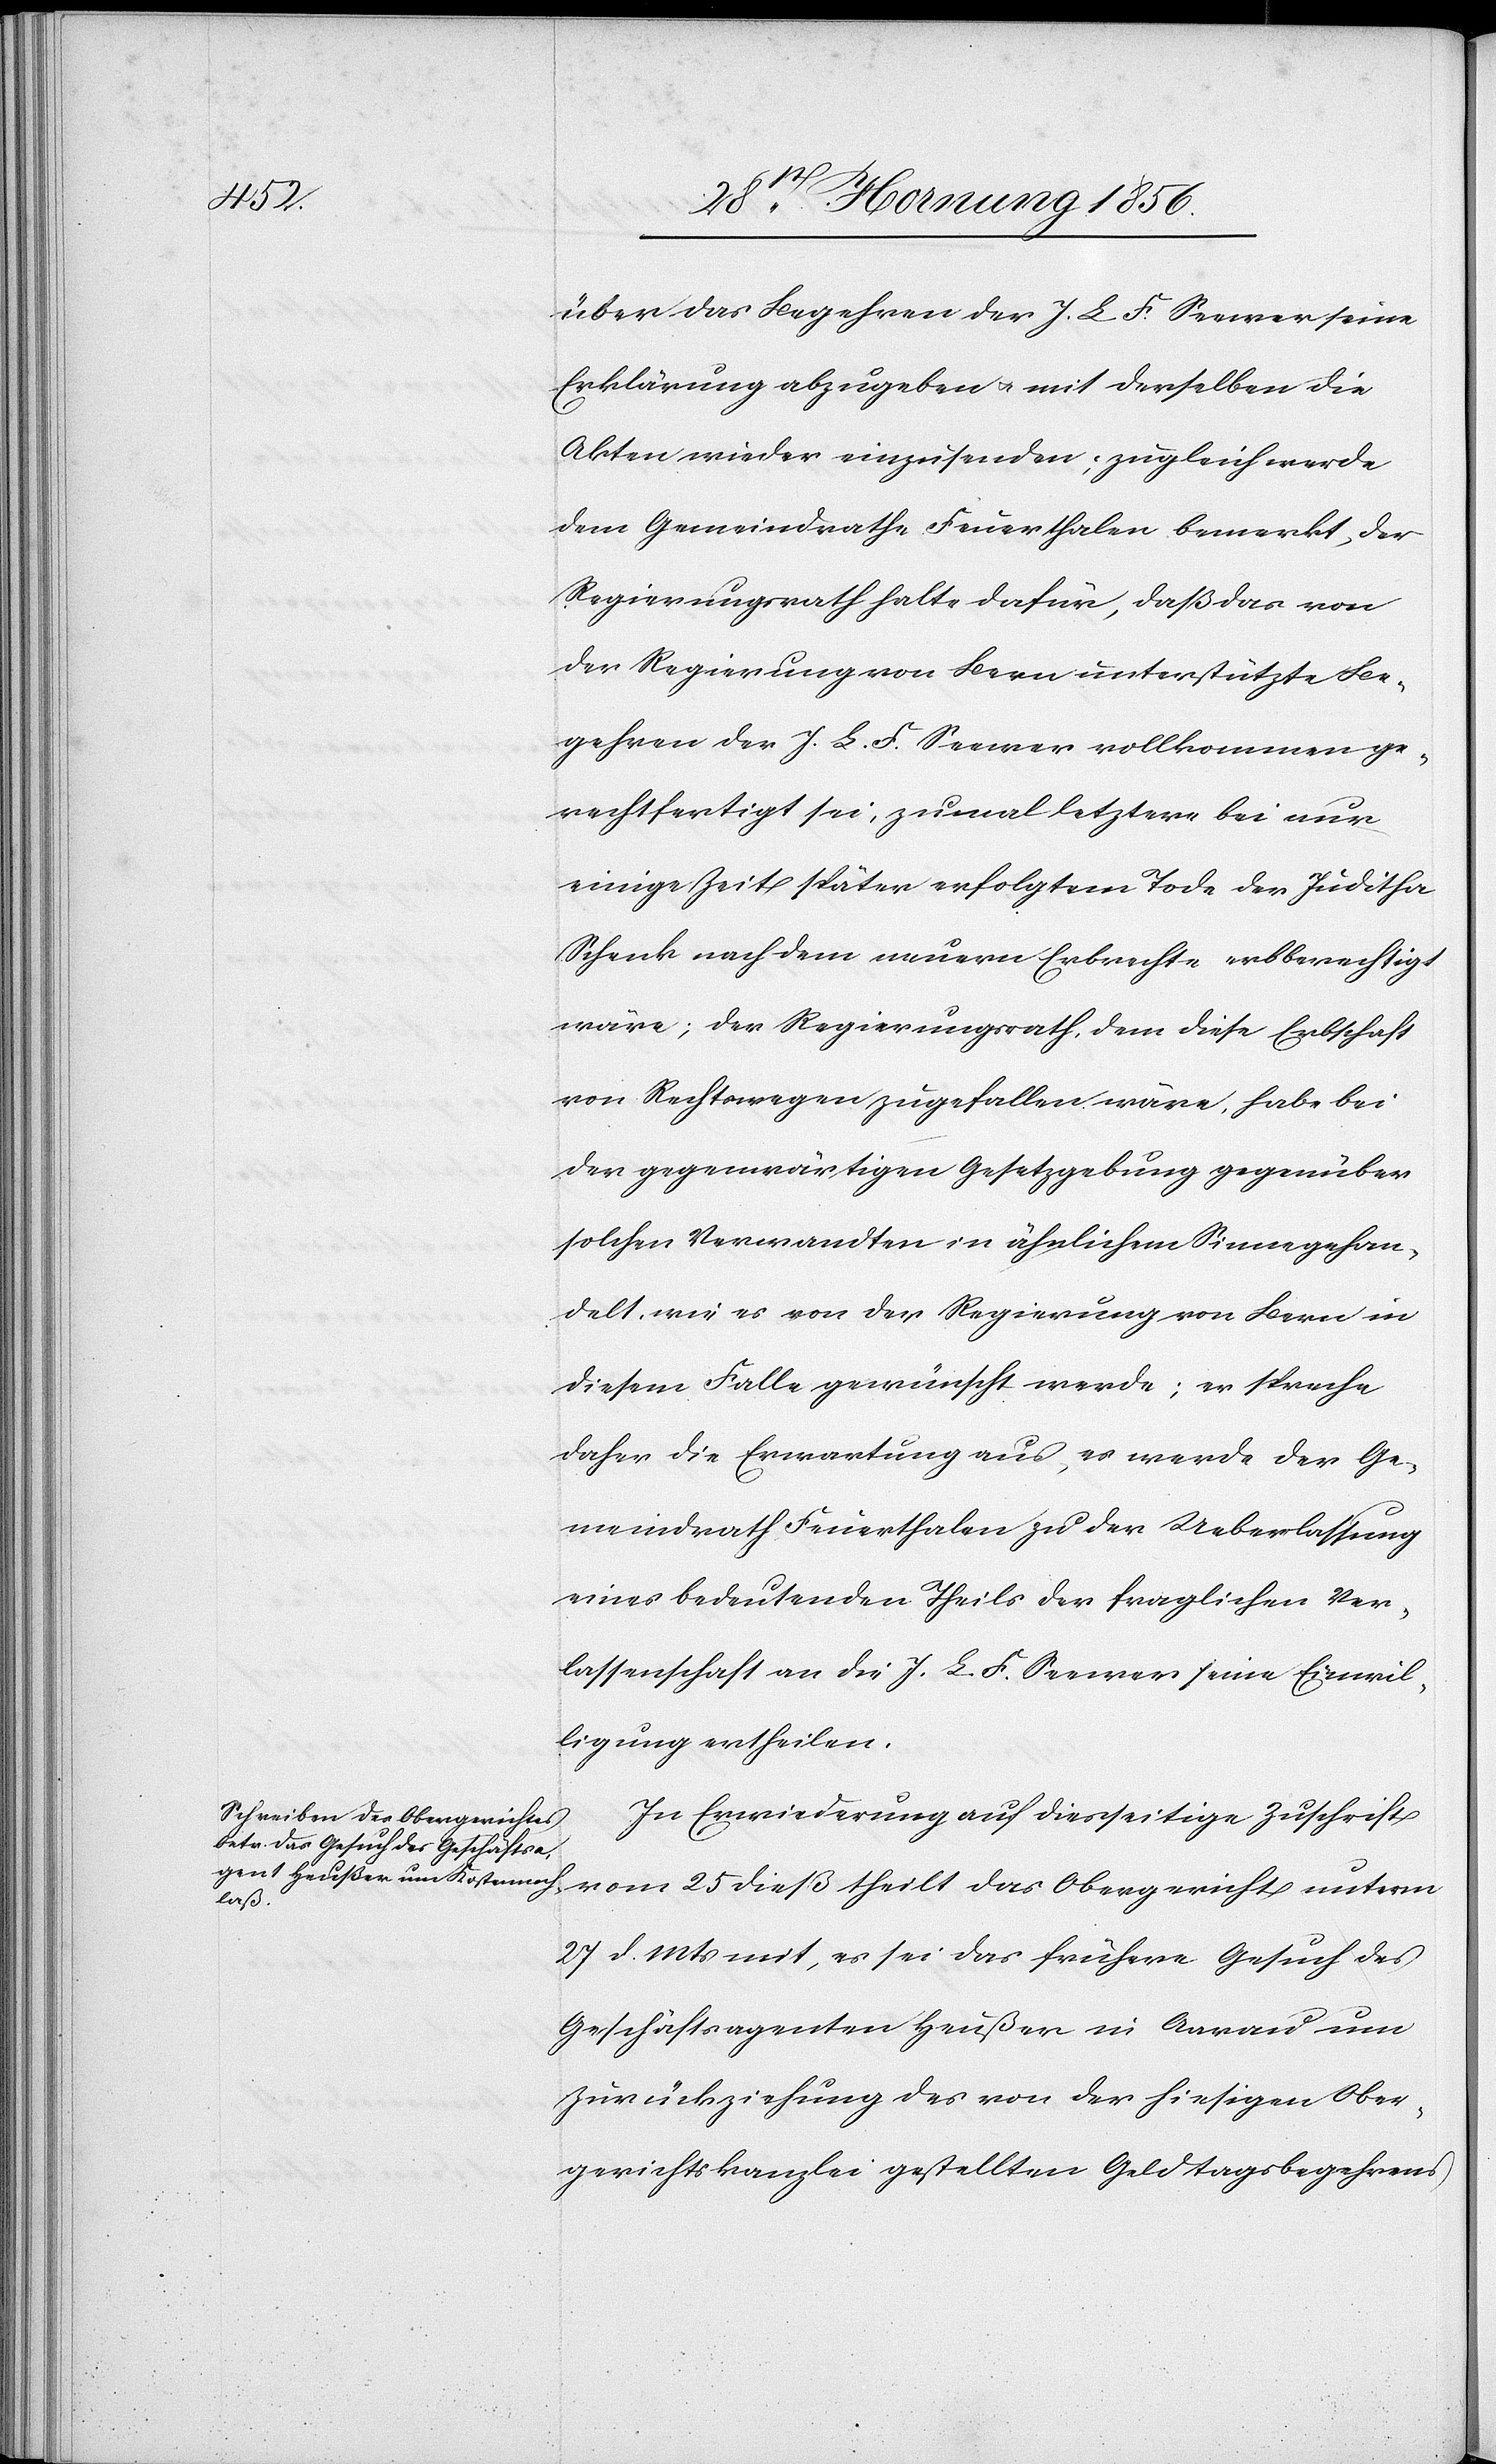
über das Begehren der J. L. F. Seewen seine
Erklärung abzugeben u. mit derselben die
Akten wieder einzusenden; zugleich werde
dem Gemeindrathe Feuerthalen bemerkt, der
Regierungsrath halte dafür, daß das von
der Regierung von Bern unterstützte Be¬
gehren der J. L. F. Seewer vollkommen ge¬
rechtfertigt sei, zumal letztere bei nur
einige Zeit später erfolgtem Tode der Juditha
Schenk nach dem neuern Erbrechte erbberechtigt
wäre; der Regierungsrath, dem diese Erbschaft
von Rechtswegen zugefallen wäre, habe bei
der gegenwärtigen Gesetzgebung gegenüber
solchen Verwandten in ähnlichem Sinne gehan¬
delt, wie es von der Regierung von Bern in
diesem Falle gewünscht werde; er spreche
daher die Erwartung aus, es werde der Ge¬
meindrath Feuerthalen zu der Ueberlassung
eines bedeutenden Theils der fraglichen Ver¬
lassenschaft an die J. L. F. Seewer seine Einwil¬
ligung ertheilen.
In Erwiederung auf diesseitige Zuschrift
das
27 d. Mts mit, es sei das frühere Gesuch des
Geschäftsagenten Heußer in Aarau um
Zurückziehung des von der hiesigen Ober¬
gerichtskanzlei gestellten Geldtagsbegehrens